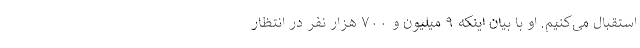
استقبال می‌کنیم. او با بیان اینکه ۹ میلیون و ۷۰۰ هزار نفر در انتظار